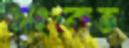
সংকেত